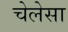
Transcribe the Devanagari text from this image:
चेलेसा